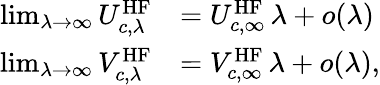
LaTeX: \begin{array}{rl}{\operatorname*{lim}_{\lambda\to\infty}U_{c,\lambda}^{\mathrm{HF}}}&{=U_{c,\infty}^{\mathrm{HF}}\, \lambda+o(\lambda)}\\ {\operatorname*{lim}_{\lambda\to\infty}V_{c,\lambda}^{\mathrm{HF}}}&{=V_{c,\infty}^{\mathrm{HF}}\, \lambda+o(\lambda),}\end{array}